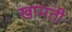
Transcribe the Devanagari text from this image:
खामती